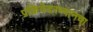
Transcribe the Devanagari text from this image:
प्रक्रियेदरम्यानचा